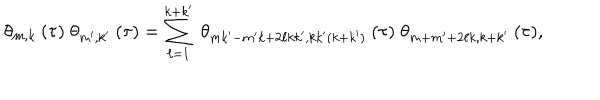
\theta _ { m , k } \: ( \tau ) \; \theta _ { m ^ { \prime } , k ^ { \prime } } \: ( \tau ) = \sum _ { \ell = 1 } ^ { k + k ^ { \prime } } \; \theta _ { m k ^ { \prime } - m ^ { \prime } k + 2 \ell k k ^ { \prime } , k k ^ { \prime } ( k + k ^ { \prime } ) } \: ( \tau ) \; \theta _ { m + m ^ { \prime } + 2 \ell k , k + k ^ { \prime } } \: ( \tau ) ,